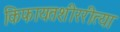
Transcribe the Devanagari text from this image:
किफायतशीररीत्या